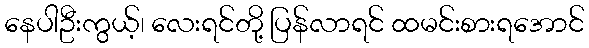
နေပါဦးကွယ့်၊ လေးရင်တို့ ပြန်လာရင် ထမင်းစားရအောင်